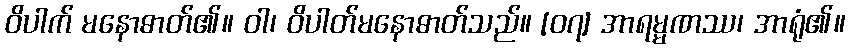
ဝိပါက် မနောဓာတ်၏။ ဝါ၊ ဝိပါတ်မနောဓာတ်သည်။ [၀၇] အာရမ္မဏဿ၊ အာရုံ၏။